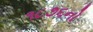
૧૮૭૬નો